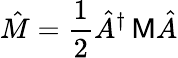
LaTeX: \hat{M}=\frac{1}{2}\hat{A}^{\dagger}\, {\sf M}\hat{A}